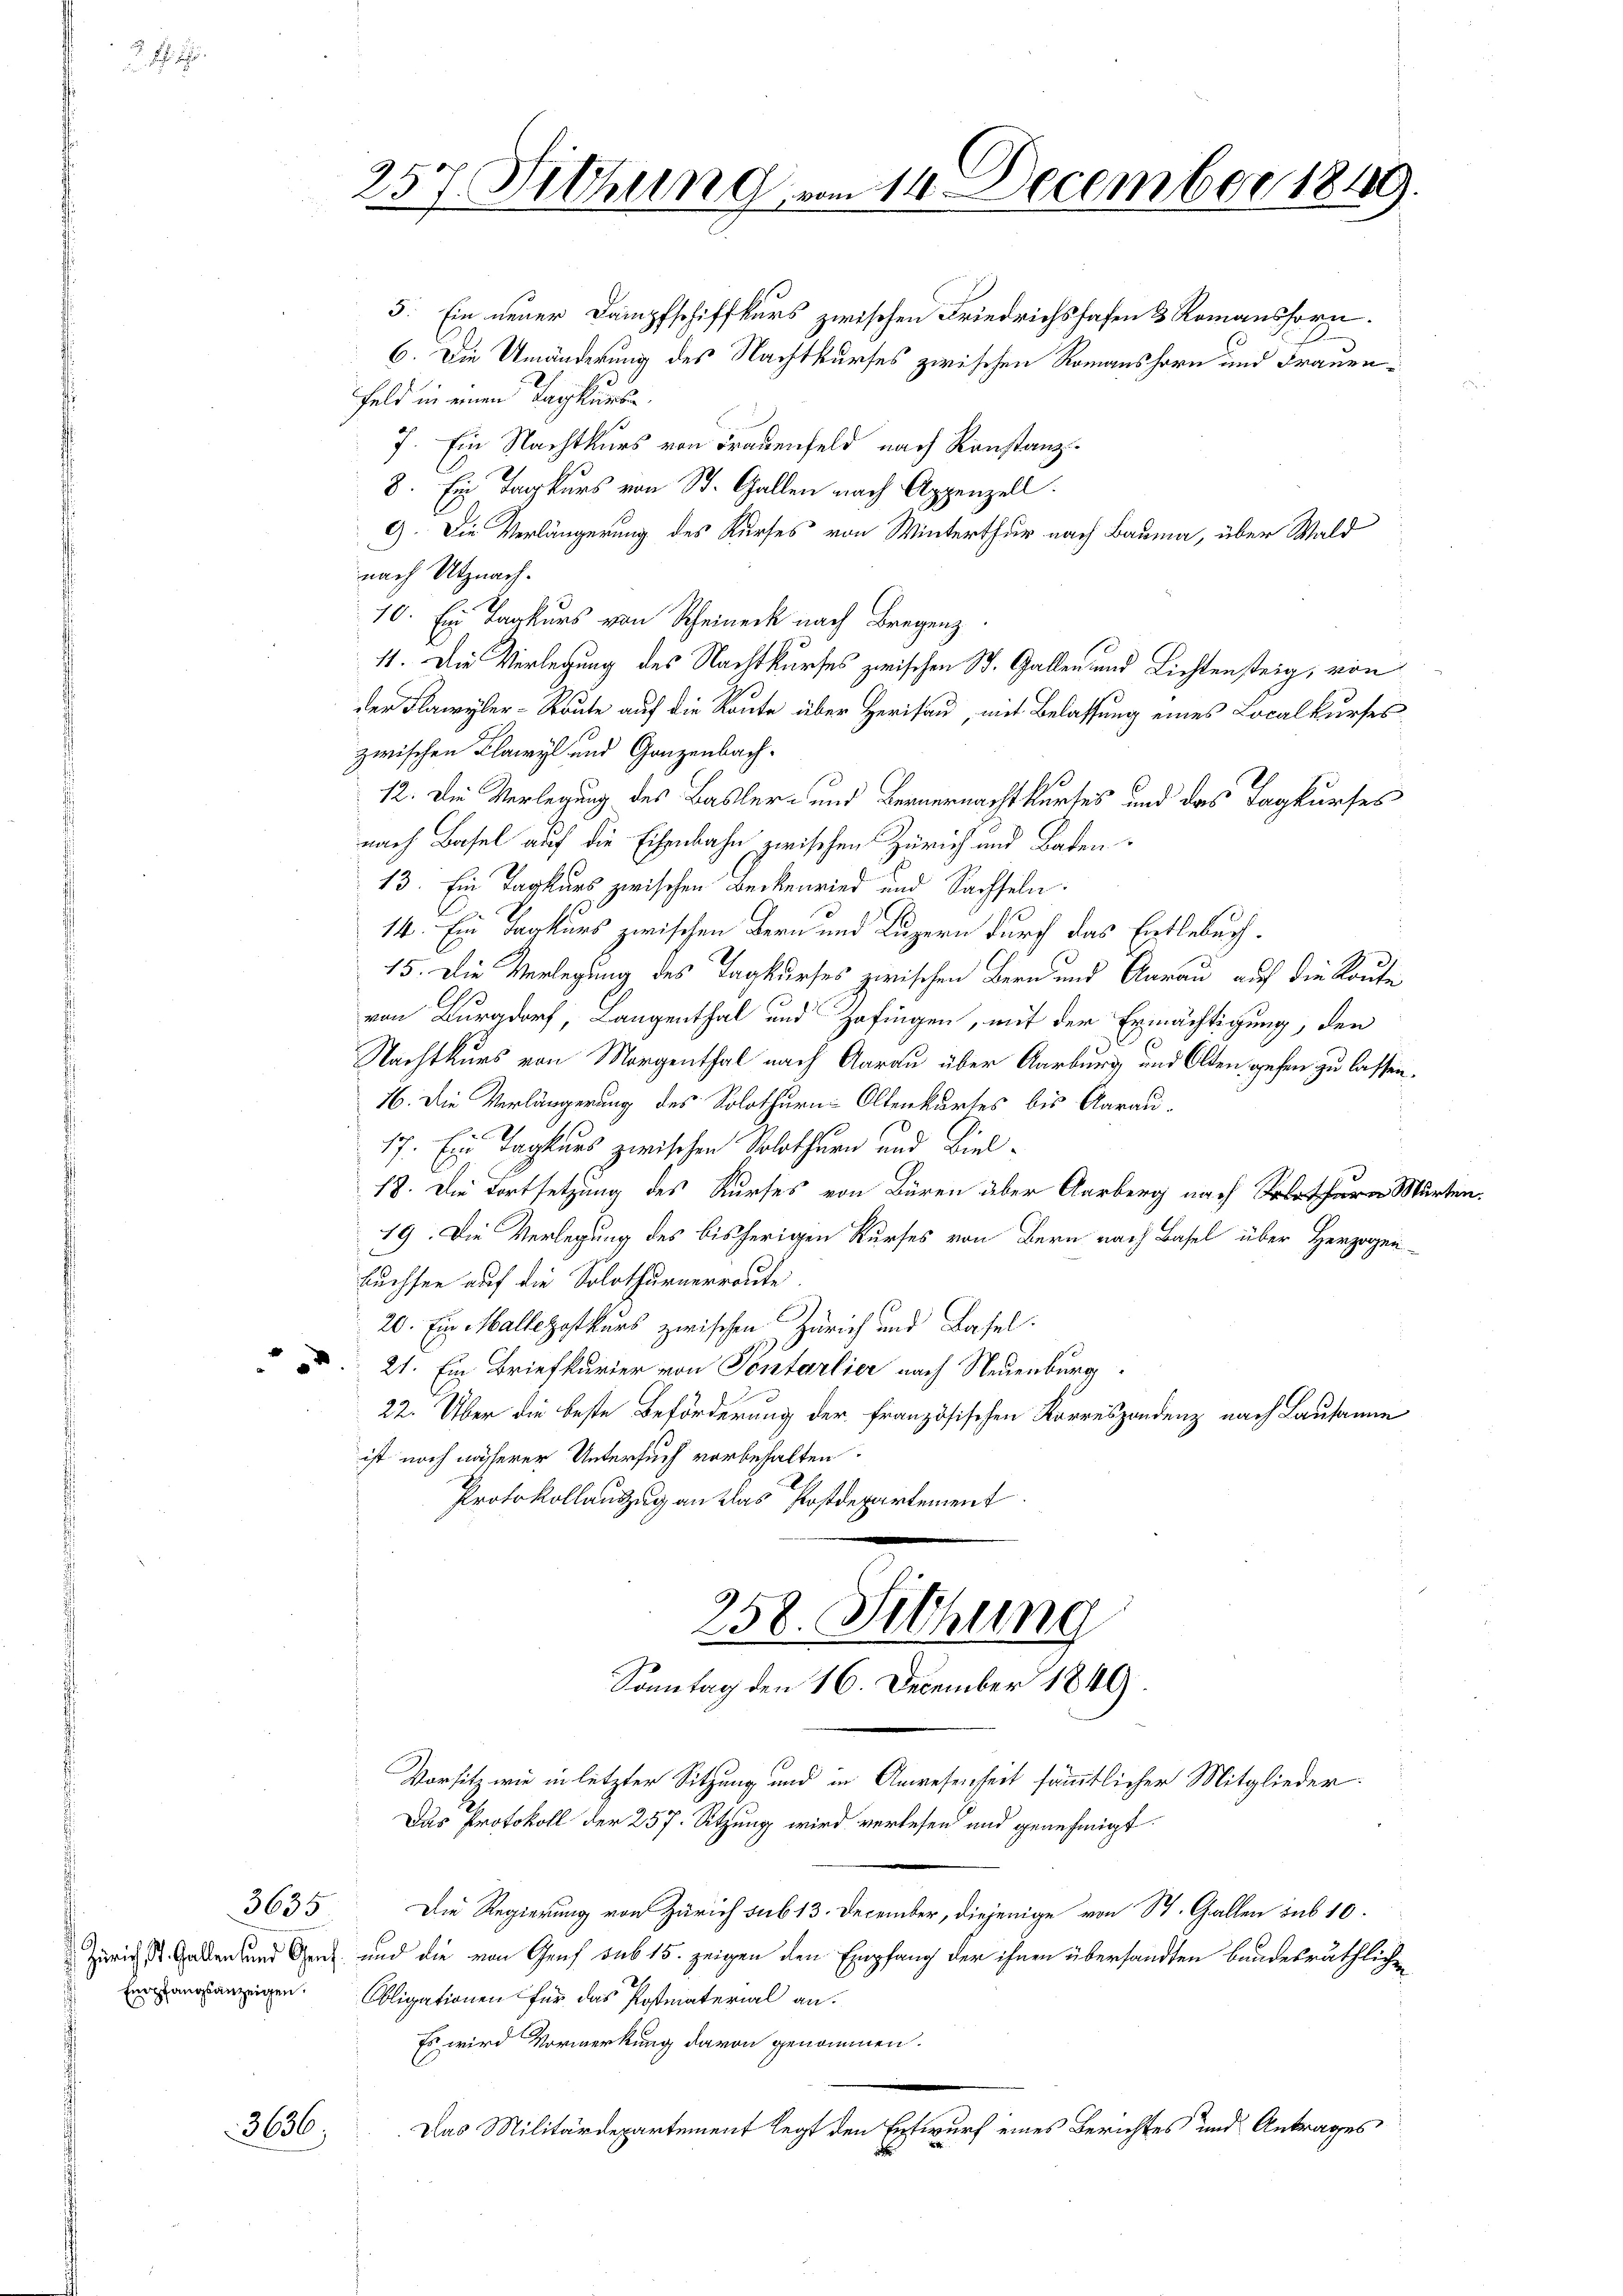
Empfangsanzeigen.

3635

3636

3. Ein neuer Dampfschiffkurs zwischen Friedrichshofen & Romanshorn.
6. Die Umänderung des Nachtkurses zwischen Romanshorn und Frauen¬
Feld in einen Tagkurse
7. Ein Nachtkurs von Frauenfeld nach Konstanz¬
8. Ein Tarkurs von St. Gallen nach Appenzell.
9). Die Verlängerung des Kurses von Winterthur nach Bauma, über Wald
nach Utznach.
10. Ein Tagkurs von Rheineck nach Bregenz
11. Die Verlegung des Nachtkurfes zwischen St. Gallen und Lichtensteig, von
der Flawyler-Strute auf die Route über Herisau, mit Belassung eines Localkurses
zwischen Flawyl und Ganzenbach-
12. Die Verlegung des Basler- und Bernernacht kurses und das Tagkurses
nach Basel auf die Eisenbahn zwischen Zürich und Baden¬
13. Ein Tagkurs zwischen Deckenried und Sachseln:
14. Ein Tagkurs zwischen Bern und Luzern durch das Entlebuch.
15. Die Verlegung des Tagkurses zwischen Bern und Aarau auf die Route
von Burgdorf, Langenthal und Hofingen, mit der Ermächtigung, den
Nachtkurs von Morgenthal nach Aarau über Aarburg und Olten gehen zu lassen.
16. Die Verlängerung des Solothurn Oltenkartes bis Aarau
17. Ein Tagkurs zwischen Solothurn und Viel¬
18. Die Fortsetzung des Kurses von Büren aber Aarberg nach Murten.
19. Die Verlegung des bisherigen Kurses von Bern nach Basel über Herzogen-
Fuchsen auf die Solothurnerraute.
20. Ein Mallezostkurs zwischen Zürich und Basel.
 21. Ein Briefkurier von Sontarlier nach Neuenburg
22. Über die beste Beförderung der Französischen Korrespondenz nach Lausanne
ist noch näherer Untersuch vorbehalten.
Protokollauszug an das Postdepartement
258. Sichung
Sonntag den 16. December 1849.
Vorsitz wie in letzter Sitzung und in Anwesenheit sämmtlicher Mitglieder
Das Protokoll der 257. Sitzung wird verlesen und genehmigt.
Die Regierung von Zürich sub 13. December, diejenige von St. Gallen sub 10.
Zürich St. Gatten und Genf und die von Genf sub 15. zeigen den Empfang der ihnen übersandten bundesräthliche
Obligationen für das Postmaterial an.
Es wird Vormerkung davon genommen.
Das Militärdepartement legt den Entwurf eines Berichtes und Antrages

257 Fittung vom 14. December 1849.